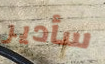
سأدير